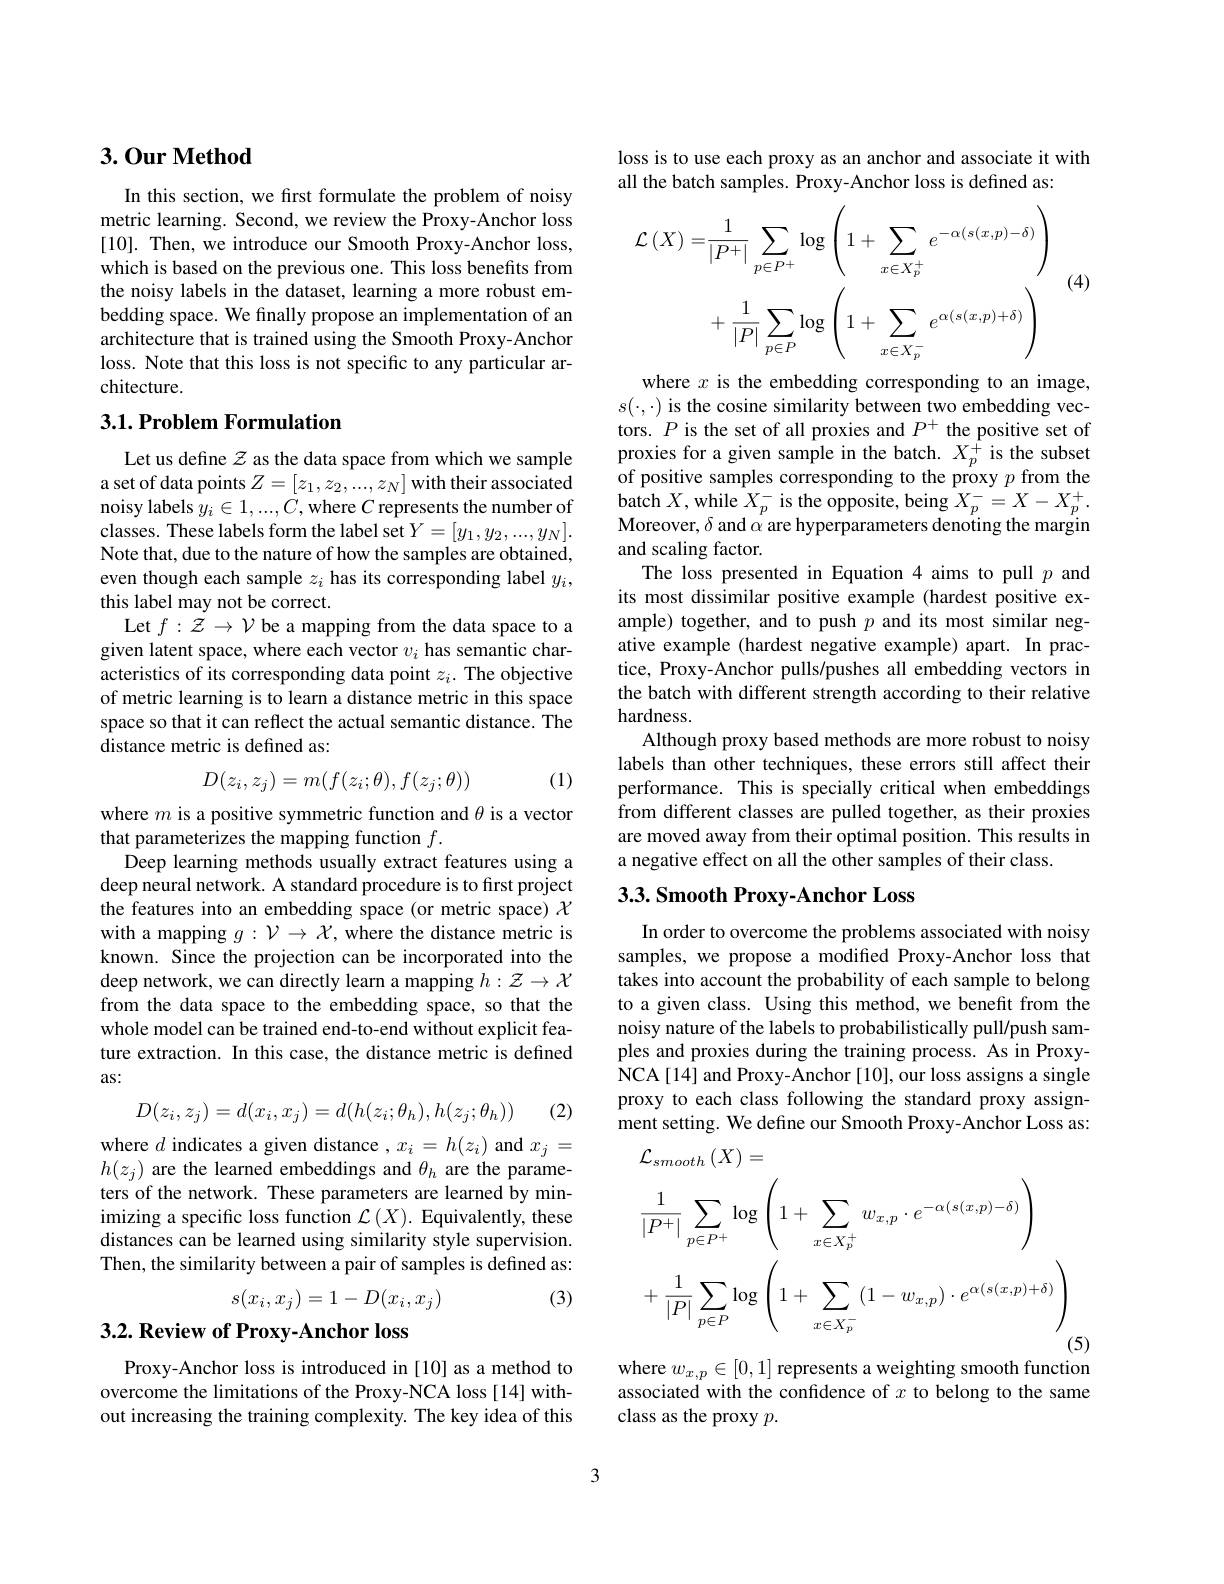
## 3.0ur Method

In this section, we first formulate the problem of noisy metric learning. Second, we review the Proxy-Anchor loss [10]. Then, we introduce our Smooth Proxy-Anchor loss, which is based on the previous one. This loss benefits from the noisy labels in the dataset, learning a more robust embedding space. We finally propose an implementation of an architecture that is trained using the Smooth Proxy-Anchor loss. Note that this loss is not specific to any particular architecture.

## $3. 1. \textbf{Problem Formulation}$

Let us define $\mathcal{Z}$ as the data space from which we sample a set of data points $Z=[z_1,z_2,...,z_N]$ with their associated noisy labels $y_i\in1,...,C$, where $C$ represents the number of classes. These labels form the label set $Y=[y_1,y_2,...,y_N].$ Note that, due to the nature of how the samples are obtained, even though each sample $z_i$ has its corresponding label $y_i$, this label may not be correct.
Let $f:{\tilde{\mathcal{Z}}}\to{\mathcal{V}}$ be a mapping from the data space to a given latent space, where each vector $v_i$ has semantic characteristics of its corresponding data point $z_i.$ The objective of metric learning is to learn a distance metric in this space space so that it can reflect the actual semantic distance. The distance metric is defined as:
$$D(z_i,z_j)=m(f(z_i;\theta),f(z_j;\theta))$$
(1)

where $m$ is a positive symmetric function and $\theta$ is a vector
that parameterizes the mapping function $f.$
Deep learning methods usually extract features using a deep neural network. A standard procedure is to first project the features into an embedding space (or metric space) $\mathcal{X}$ with a mapping $g:\mathcal{V}\to\mathcal{X}$, where the distance metric is known. Since the projection can be incorporated into the deep network, we can directly learn a mapping $h:\mathcal{Z}\to\mathcal{X}$ from the data space to the embedding space, so that the whole model can be trained end-to-end without explicit feature extraction. In this case, the distance metric is defined as:

(2)
$$D(z_{i},z_{j})=d(x_{i},x_{j})=d(h(z_{i};\theta_{h}),h(z_{j};\theta_{h}))$$
where $d$ indicates a given distance $,x_i=h(z_i)$ and $x_j=$ $h(z_j)$ are the learned embeddings and $\theta_h$ are the parameters of the network. These parameters are learned by minimizing a specific loss function $\mathcal{L}\left(X\right).$ Equivalently, these distances can be learned using similarity style supervision. Then, the similarity between a pair of samples is defined as:
$$s(x_i,x_j)=1-D(x_i,x_j)$$
(3)

## $3. 2. \textbf{ Review of Proxy- Anchor loss}$

Proxy-Anchor loss is introduced in [10] as a method to overcome the limitations of the Proxy-NCA loss [14] without increasing the training complexity. The key idea of this

loss is to use each proxy as an anchor and associate it with
all the batch samples. Proxy-Anchor loss is defined as:
$$\begin{aligned}\mathcal{L}\left(X\right)=&\frac{1}{|P^{+}|}\sum_{p\in P^{+}}\log\left(1+\sum_{x\in X_{p}^{+}}e^{-\alpha(s(x,p)-\delta)}\right)\\&+\frac{1}{|P|}\sum_{p\in P}\log\left(1+\sum_{x\in X_{p}^{-}}e^{\alpha(s(x,p)+\delta)}\right)\\\end{aligned}$$
(4)

where $x$ is the embedding corresponding to an image, $s(\cdot,\cdot)$ is the cosine similarity between two embedding vectors. $P$ is the set of all proxies and $P^+$ the positive set of proxies for a given sample in the batch. $X_{p}^{\hat{+}}$ is the subset of positive samples corresponding to the proxy $p$ from the batch $X$,while $X_p^-$ is the opposite, being $X_p^-=X-X_p^+.$ Moreover, $\delta$ and $\alpha$ are hyperparameters denoting the margin and scaling factor.
The loss presented in Equation 4 aims to pull $p$ and its most dissimilar positive example (hardest positive example) together, and to push $p$ and its most similar negative example (hardest negative example) apart. In practice, Proxy-Anchor pulls/pushes all embedding vectors in the batch with different strength according to their relative hardness.
Although proxy based methods are more robust to noisy labels than other techniques, these errors still affect their performance. This is specially critical when embeddings from different classes are pulled together, as their proxies are moved away from their optimal position. This results in a negative effect on all the other samples of their class.

# 3.3. Smooth Proxy- Anchor Loss

In order to overcome the problems associated with noisy samples, we propose a modified Proxy-Anchor loss that takes into account the probability of each sample to belong to a given class. Using this method, we benefit from the noisy nature of the labels to probabilistically pull/push samples and proxies during the training process. As in ProxyNCA[14] and Proxy-Anchor[10], our loss assigns a single proxy to each class following the standard proxy assignment setting. We define our Smooth Proxy-Anchor Loss as:
$$\begin{aligned}&\mathcal{L}_{smooth}\left(X\right)=\\&\frac{1}{|P^{+}|}\sum_{p\in P^{+}}\log\left(1+\sum_{x\in X_{p}^{+}}w_{x,p}\cdot e^{-\alpha(s(x,p)-\delta)}\right)\\&+\frac{1}{|P|}\sum_{p\in P}\log\left(1+\sum_{x\in X_{p}^{-}}(1-w_{x,p})\cdot e^{\alpha(s(x,p)+\delta)}\right)\end{aligned}$$
where $w_{x, p}\in [ 0, 1]$ represents a weighting smooth function associated with the confidence of $x$ to belong to the same
class as the proxy $p.$

3